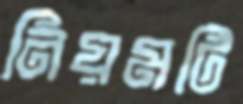
নিয়মটি